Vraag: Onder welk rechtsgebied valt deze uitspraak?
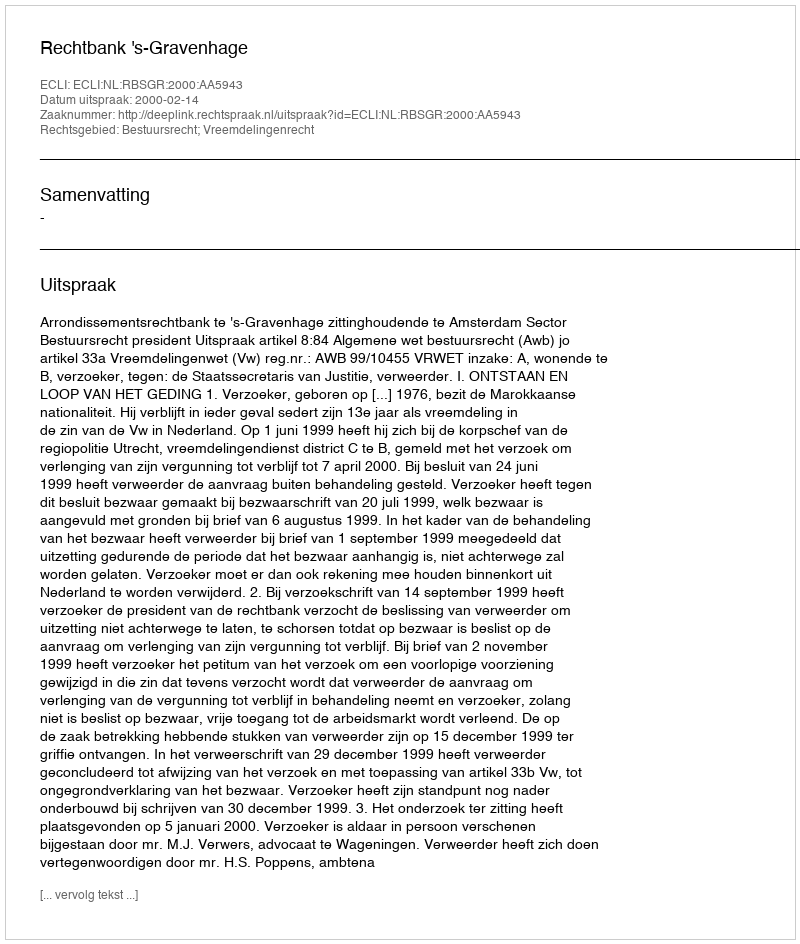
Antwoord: Bestuursrecht; Vreemdelingenrecht